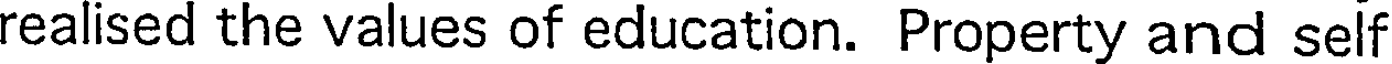
realised the values of education. Property and self